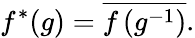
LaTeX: f^{*}(g)={\overline{{f\left(g^{-1}\right)}}}.